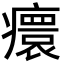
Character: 癏